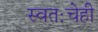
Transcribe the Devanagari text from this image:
स्वतःचेही